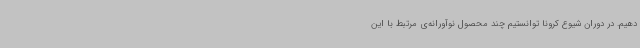
دهیم. در دوران شیوع کرونا توانستیم چند محصول نوآورانه‌ی مرتبط با این